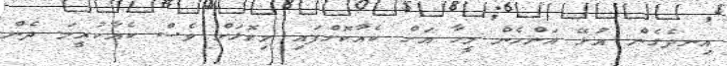
އިނދެގެން އުޅޭ އަންހެން މީހާ އަށް ކެއާކޮށްފައި މިކޮޅަށް ވެސް ކެއާކުރީމަ ދެން